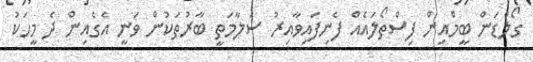
ގޯލްޑަން ބީމްއިން ފިސްތޯލައެއް ފެނިފައިވާއިރު ސަލާމަތީ ބާރުތަކުން ވަނީ އެގެއިން ދެ މީހަކު